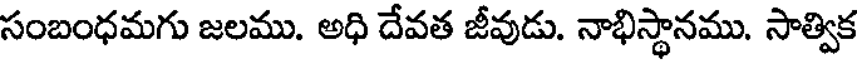
సంబంధమగు జలము. అధి దేవత జీవుడు. నాభిస్థానము. సాత్విక